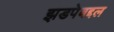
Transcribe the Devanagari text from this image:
झडपेबद्दल